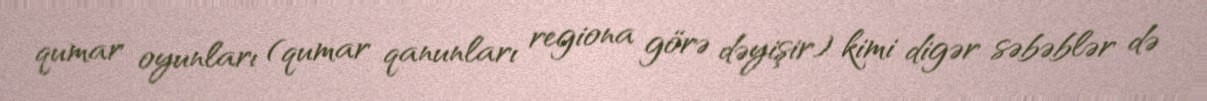
qumar oyunları (qumar qanunları regiona görə dəyişir) kimi digər səbəblər də